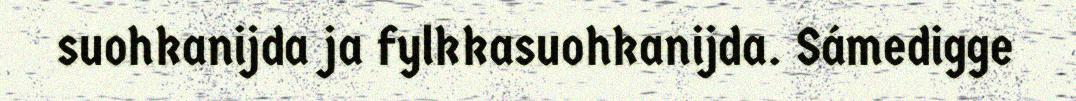
suohkanijda ja fylkkasuohkanijda. Sámedigge